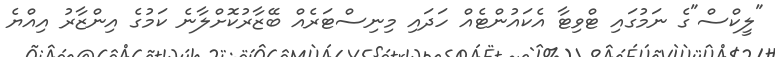
"ލީކްސް"ގެ ނަމުގައި ޓްވިޓާ އެކައުންޓެއް ހަދައި މިނިސްޓަރެއް ބޭޒާރުކޮށްލާނެ ކަމުގެ އިންޒާރު އިއްޔެ